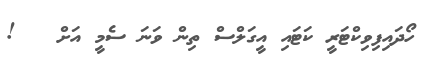
ހޯދައިފިވިކްޓަރީ ކަޓައި އީގަލްސް ތިން ވަނަ ސެމީ އަށް   !